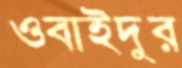
ওবাইদুর